Morphology and life history of Herpetomonas culicis, Novy, MacNeal and Torrey - Number 57
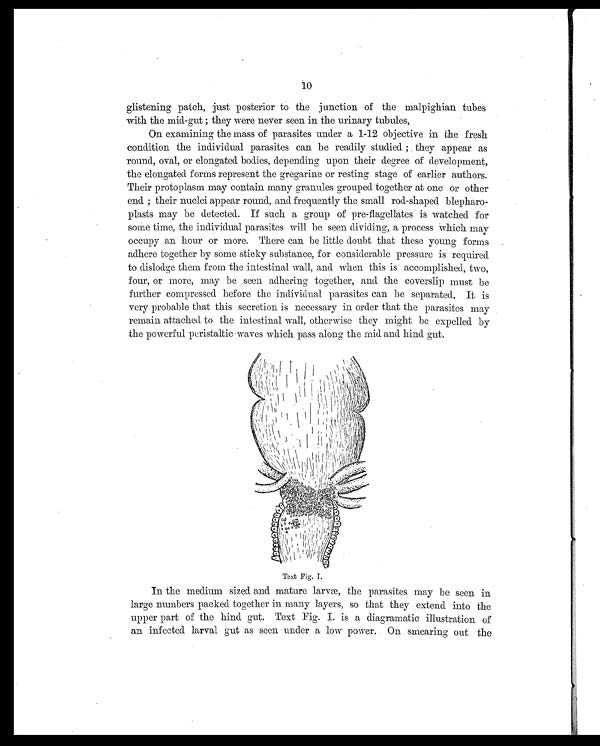
10
glistening patch, just posterior to the junction of the malpighian tubes
with the mid-gut ; they were never seen in the urinary tubules,
On examining the mass of parasites under a 1-12 objective in the fresh
condition the individual parasites can be readily studied ; they appear as
round, oval, or elongated bodies, depending upon their degree of development,
the elongated forms represent the gregarine or resting stage of earlier authors.
Their protoplasm may contain many granules grouped together at one or other
end ; their nuclei appear round, and frequently the small rod-shaped blepharo-
plasts may be detected. If such a group of pre-flagellates is watched for
some time, the individual parasites will be seen dividing, a process Which may
occupy an hour or more. There can be little doubt that these young forms
adhere together by some sticky substance, for considerable pressure is required
to dislodge them from the intestinal wall, and when this is accomplished, two,
four, or more, may be seen adhering together, and the coverslip must be
further compressed before the individual parasites can be separated. It is
very probable that this secretion is necessary in order that the parasites may
remain attached to the intestinal wall, otherwise they might be expelled by
the powerful peristaltic waves which pass along the mid and hind gut.
Text Fig. I.
In the medium sized. and mature larvæ, the parasites may be seen in
large numbers packed together in many layers, so that they extend into the
upper part of the hind gut. Text Fig. I. is a diagramatic illustration of
an infected larval gut as seen under a low power. On smearing out the